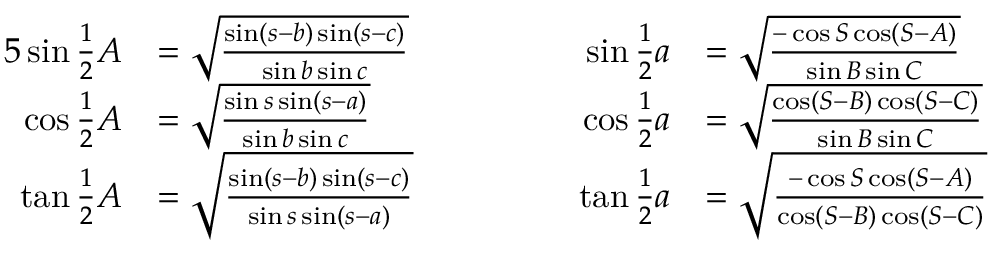
{ \begin{array} { r l r l } { { 5 } \sin { \frac { 1 } { 2 } } A } & { = { \sqrt { \frac { \sin ( s - b ) \sin ( s - c ) } { \sin b \sin c } } } } & { \qquad \qquad \sin { \frac { 1 } { 2 } } a } & { = { \sqrt { \frac { - \cos S \cos ( S - A ) } { \sin B \sin C } } } } \\ { \cos { \frac { 1 } { 2 } } A } & { = { \sqrt { \frac { \sin s \sin ( s - a ) } { \sin b \sin c } } } } & { \cos { \frac { 1 } { 2 } } a } & { = { \sqrt { \frac { \cos ( S - B ) \cos ( S - C ) } { \sin B \sin C } } } } \\ { \tan { \frac { 1 } { 2 } } A } & { = { \sqrt { \frac { \sin ( s - b ) \sin ( s - c ) } { \sin s \sin ( s - a ) } } } } & { \tan { \frac { 1 } { 2 } } a } & { = { \sqrt { \frac { - \cos S \cos ( S - A ) } { \cos ( S - B ) \cos ( S - C ) } } } } \end{array} }